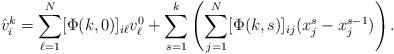
LaTeX: \begin{align*}\hat v^k_i = \sum_{\ell=1}^{N} [\Phi(k,0)]_{i\ell}v_\ell^0+\sum_{s=1}^{k} \left( \sum_{j=1}^{N} [\Phi(k,s)]_{ij}(x_j^s-x_j^{s-1}) \right).\end{align*}